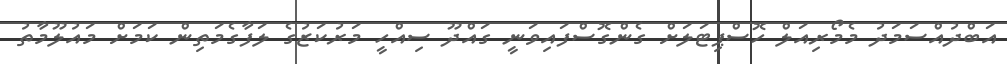
އަބްދުއްސަމަދު މެމޯރިއަލް ހޮސްޕިޓަލަށް ގެންގޮސްފައިވަނީ ގައްދޫ ސިއްހީ މަރުކަޒުގެ ލަފާގެމަތިން ކަމަށް މައުލޫމާތު